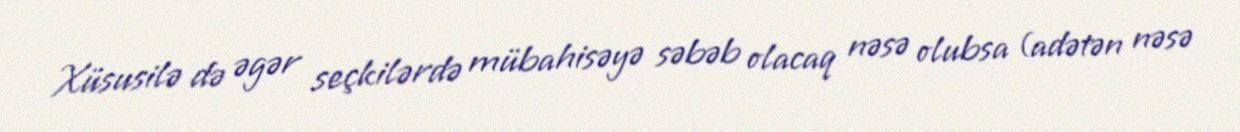
Xüsusilə də əgər seçkilərdə mübahisəyə səbəb olacaq nəsə olubsa (adətən nəsə